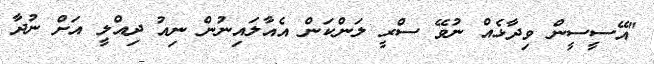
"އޭސީސީން ވިދާޅެއް ނުވޭ ސްރީ ލަންކަން އެއާލައިނުން ނިއު ދިއްލީ އަށް ނުދާ